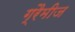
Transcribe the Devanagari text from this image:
ग्रैमीज